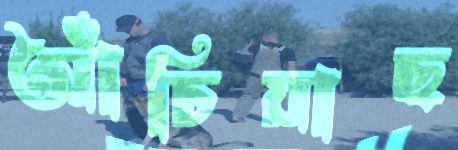
আঁচিয়াছ